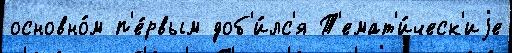
основно́м п'е́рвым доб'и́лс'я Т'емат'и́ческ'иjе